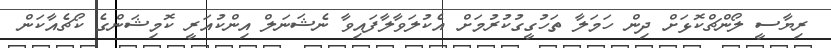
ރިޔާސީ ލޯންޗްކޮޅަށް ދިން ހަމަލާ ތަހުގީގުކުރުމަށް އެކުލަވާލާފައިވާ ނެޝަނަލް އިންކުއަރީ ކޮމިޝަންގެ ކޯޗެއާކަން